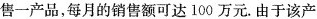
售一产品，每月的销售额可达100万元. 由于该产